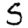
Digit: 5